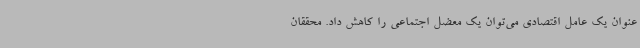
عنوان یک عامل اقتصادی می‌توان یک معضل اجتماعی را کاهش داد. محققان